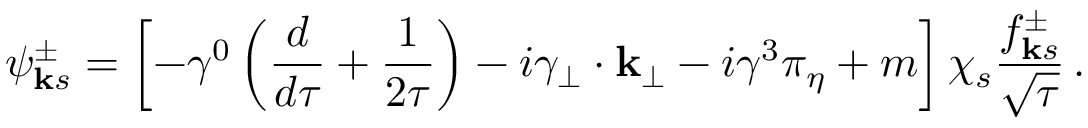
\psi _ { { \bf k } s } ^ { \pm } = \left[ - \gamma ^ { 0 } \left( { \frac { d } { d \tau } } + { \frac { 1 } { 2 \tau } } \right) - i \gamma _ { \bf { { \perp } } } \cdot { \bf { k _ { \perp } } } - i \gamma ^ { 3 } \pi _ { \eta } + m \right] \chi _ { s } { \frac { f _ { { \bf k } s } ^ { \pm } } { \sqrt \tau } } \, .